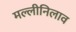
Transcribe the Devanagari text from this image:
मल्लीनिलाव